King Institute of Preventive Medicine Micro-Biological Section reports 1909-11
Year: 1909
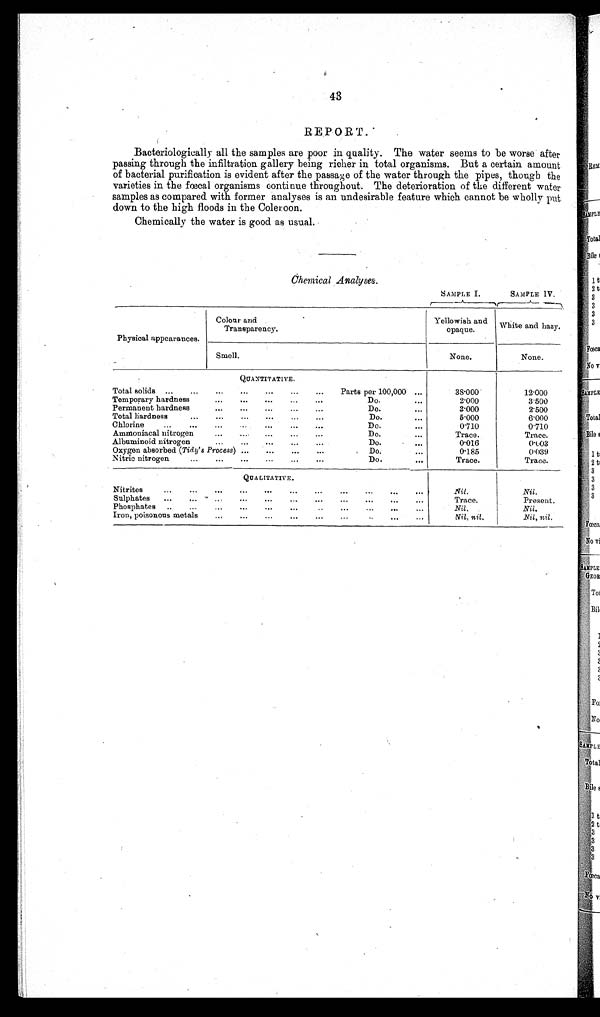
43
REPORT.
Bacteriologically all the samples are poor in quality. The water seems to be worse after
passing through the infiltration gallery being richer in total organisms. But a certain amount
of bacterial purification is evident after the passage of the water through the pipes, though the
varieties in the fœcal organisms continue throughout. The deterioration of the different water
samples as compared with former analyses is an undesirable feature which cannot be wholly put
down to the high floods in the Coleroon.
Chemically the water is good as usual.
Chemical
SAMPLE I.
SAMPLE IV.
Physical appearances.
Colour and
Transparency.
Yellowish and
opaque.
White and hazy
Smell.
None.
None.
QUANTITATIVE.
Total solids
Parts per 100,000
38·000
12·000
Temporary hardness
Do.
2·000
3·500
Permanent hardness
Do.
3·000
2·500
Total hardness
Do.
5·000
6·000
Chlorine
Do
0·710
0·710
Ammoniacal nitrogen
Do.
Trace.
Trace.
Albuminoid nitrogen
Do.
0·016
0·003
Oxygen absorbed (Tidy's Process)
Do.
0·185
0.039
Nitric nitrogen
Do.
Trace.
Trace.
QUALITATIVE.
Nitrites
Nil.
Nil.
Sulphates
Trace.
Present.
Phosphates
Nil.
Nil.
Iron, poisonous metals
Nil, nil.
Nil, nil.